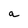
Character: a